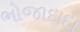
ભોજાદાદા